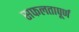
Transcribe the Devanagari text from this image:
सफलतापूर्ण